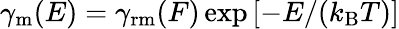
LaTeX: \gamma_{\mathrm{m}}(E)=\gamma_{\mathrm{rm}}(F)\exp\left[-E/(k_{\mathrm{B}}T)\right]